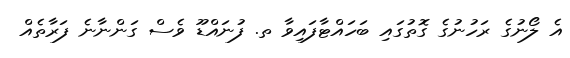
އެ ލޯނުގެ ރަހުނުގެ ގޮތުގައި ބަހައްޓާފައިވާ ތ. ފުނައްޑޫ ވެސް ގަންނާނެ ފަރާތެއް